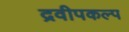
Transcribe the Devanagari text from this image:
द्रवीपकल्प